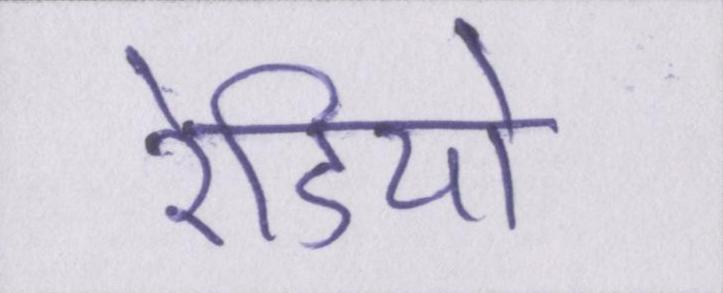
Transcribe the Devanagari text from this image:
रेडियो